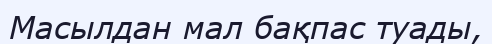
Масылдан мал бақпас туады,